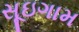
સૂઇગામ